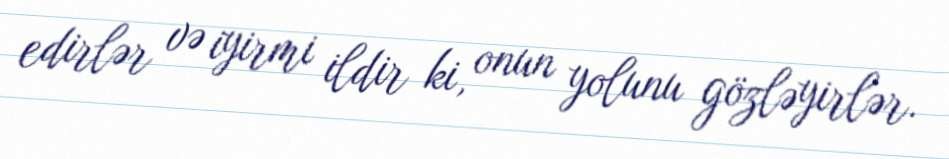
edirlər və iyirmi ildir ki, onun yolunu gözləyirlər.